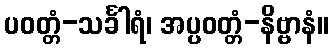
ပဝတ္တံ-သင်္ခါရံ၊ အပ္ပဝတ္တံ-နိဗ္ဗာနံ။